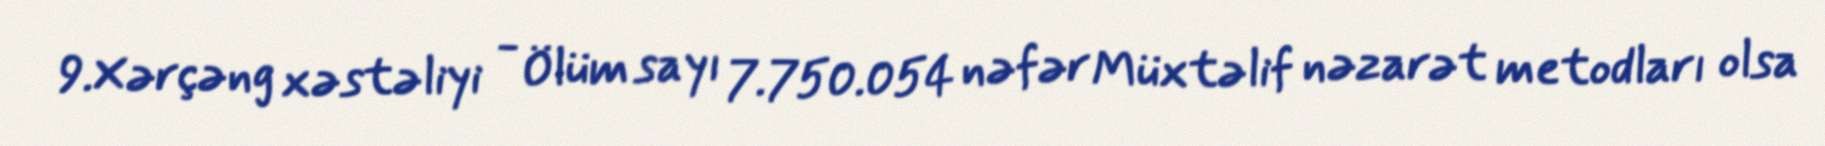
9.Xərçəng xəstəliyi - Ölüm sayı 7.750.054 nəfər Müxtəlif nəzarət metodları olsa